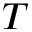
T